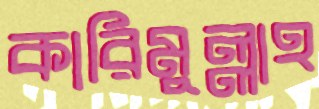
কারিমুল্লাহ